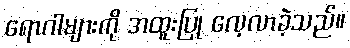
ရောဂါများကို အထူးပြု လေ့လာခဲ့သည်။